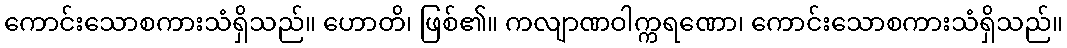
ကောင်းသောစကားသံရှိသည်။ ဟောတိ၊ ဖြစ်၏။ ကလျာဏဝါက္ကရဏော၊ ကောင်းသောစကားသံရှိသည်။